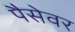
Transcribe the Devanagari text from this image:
पैसेवर